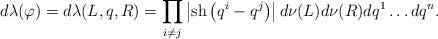
LaTeX: \begin{align*}d\lambda(\varphi)=d\lambda(L,q,R)=\prod_{i\neq j}\left|{\rm sh}\left(q^{i}-q^{j}\right)\right|d\nu(L)d\nu(R)dq^{1}\ldots dq^{n}. \end{align*}